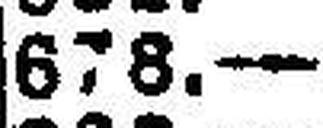
678.—